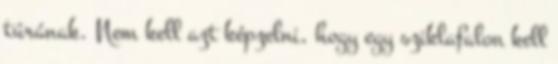
túrának. Nem kell azt képzelni, hogy egy sziklafalon kell